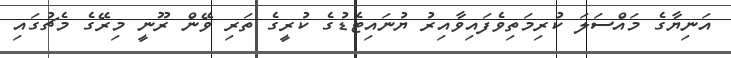
އަނިޔާގެ މައްސަލަ ކުރިމަތިވެފައިވާއިރު ޔުނައިޓެޑުގެ ކުރީގެ ތަރި ވޭން ރޫނީ މިރޭގެ މެޗުގައި